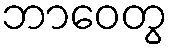
ဘာဝေတွ